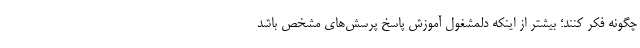
چگونه فکر کنند؛ بیشتر از اینکه دلمشغول آموزش پاسخ پرسش‌های مشخص باشد